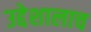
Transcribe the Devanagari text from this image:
उद्देशालाच